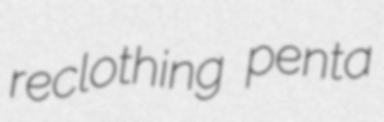
reclothing penta